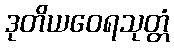
ဒုတိယဝေရသုတ္တံ